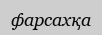
фарсахқа